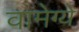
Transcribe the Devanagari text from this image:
वामेग्ये